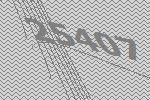
25407